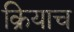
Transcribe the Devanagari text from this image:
क्रियाच